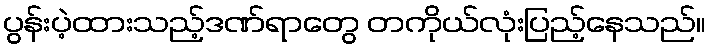
ပွန်းပဲ့ထားသည့်ဒဏ်ရာတွေ တကိုယ်လုံးပြည့်နေသည်။